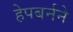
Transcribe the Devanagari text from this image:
हेपबर्नने